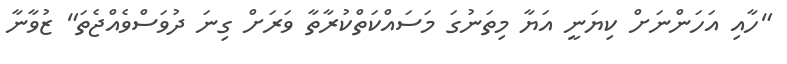
"ހާއި އަހަންނަށް ކިޔަނީ އަޔާ މިތަނުގަ މަސައްކަތްކުރާތާ ވަރަށް ގިނަ ދުވަސްވެއްޖެތަ" ޒުވާނާ